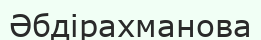
Әбдірахманова